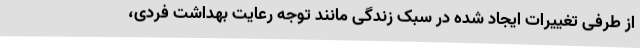
از طرفی تغییرات ایجاد شده در سبک زندگی مانند توجه رعایت بهداشت فردی،